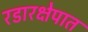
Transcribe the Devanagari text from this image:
रडारक्षेपात